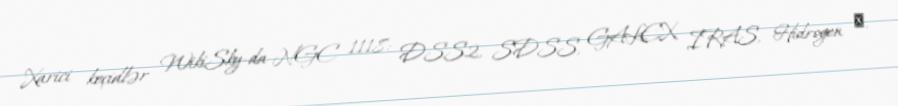
Xarici keçidlər WikiSky-da NGC 1118: DSS2, SDSS, GALEX, IRAS, Hidrogen α,